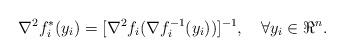
LaTeX: \begin{align*}\nabla^{2} f^{*}_{i}(y_{i})=[\nabla^{2} f_{i}(\nabla f^{-1}_{i}(y_{i}))]^{-1}, \quad{} \forall y_{i} \in \Re^{n}.\end{align*}